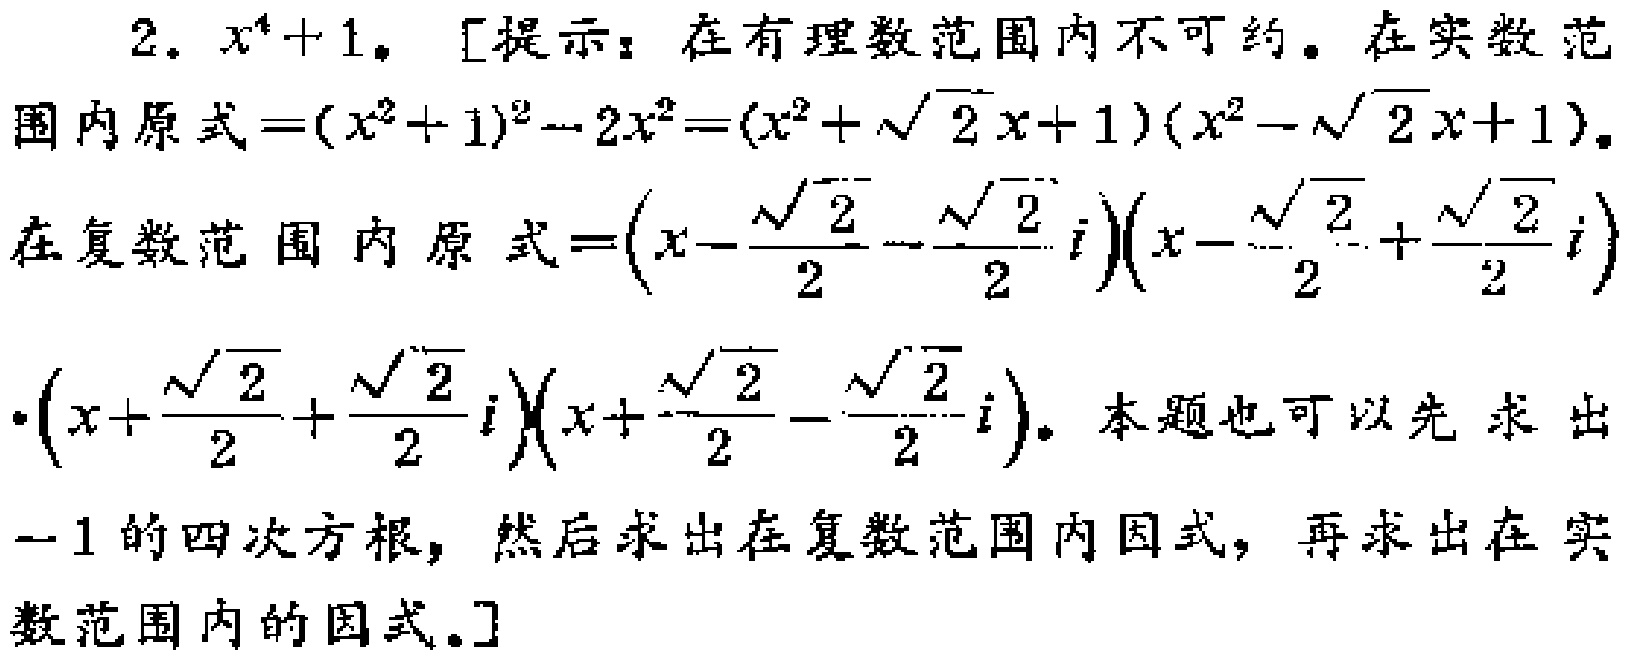
2. \(x^{4}+1\)。[提示：在有理数范围内不可约。在实数范围内原式\(=(x^{2}+1)^{2}-2x^{2}=(x^{2}+\sqrt{2}x + 1)(x^{2}-\sqrt{2}x + 1)\)。在复数范围内原式\(=\left(x-\frac{\sqrt{2}}{2}-\frac{\sqrt{2}}{2}i\right)\left(x-\frac{\sqrt{2}}{2}+\frac{\sqrt{2}}{2}i\right)\cdot\left(x+\frac{\sqrt{2}}{2}+\frac{\sqrt{2}}{2}i\right)\left(x+\frac{\sqrt{2}}{2}-\frac{\sqrt{2}}{2}i\right)\)。本题也可以先求出\(-1\)的四次方根，然后求出在复数范围内因式，再求出在实数范围内的因式。]